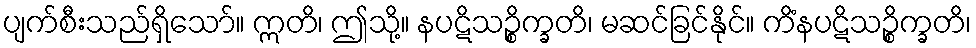
ပျက်စီးသည်ရှိသော်။ ဣတိ၊ ဤသို့။ နပဋိသဉ္စိက္ခတိ၊ မဆင်ခြင်နိုင်။ ကိံနပဋိသဉ္စိက္ခတိ၊